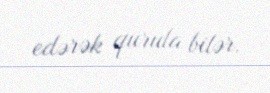
edərək qurula bilər.